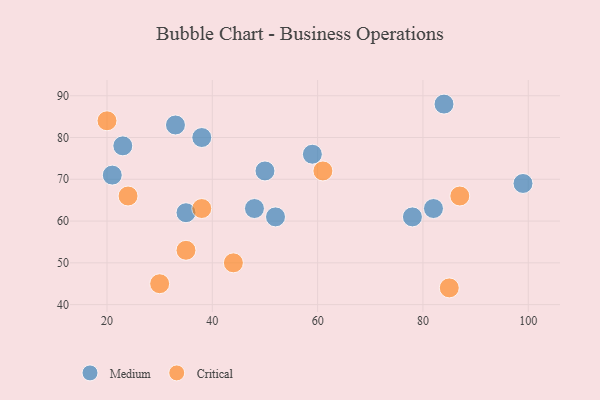
{"axis": {"x": "GDP", "y": "Life Expectancy"}, "legend": ["Critical", "Medium"], "data": [{"x": "84", "y": 88, "type": "Medium"}, {"x": "59", "y": 76, "type": "Medium"}, {"x": "38", "y": 80, "type": "Medium"}, {"x": "21", "y": 71, "type": "Medium"}, {"x": "52", "y": 61, "type": "Medium"}, {"x": "78", "y": 61, "type": "Medium"}, {"x": "50", "y": 72, "type": "Medium"}, {"x": "48", "y": 63, "type": "Medium"}, {"x": "99", "y": 69, "type": "Medium"}, {"x": "33", "y": 83, "type": "Medium"}, {"x": "23", "y": 78, "type": "Medium"}, {"x": "82", "y": 63, "type": "Medium"}, {"x": "35", "y": 62, "type": "Medium"}, {"x": "20", "y": 84, "type": "Critical"}, {"x": "35", "y": 53, "type": "Critical"}, {"x": "61", "y": 72, "type": "Critical"}, {"x": "87", "y": 66, "type": "Critical"}, {"x": "38", "y": 63, "type": "Critical"}, {"x": "85", "y": 44, "type": "Critical"}, {"x": "44", "y": 50, "type": "Critical"}, {"x": "30", "y": 45, "type": "Critical"}, {"x": "24", "y": 66, "type": "Critical"}]}